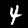
Label: 4